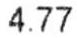
4.77